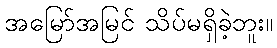
အမြော်အမြင် သိပ်မရှိခဲ့ဘူး။